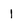
Character: 1